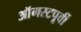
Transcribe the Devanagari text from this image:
ऑगस्टपूर्वी